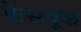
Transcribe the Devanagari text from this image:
फ़ेसबूक